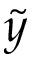
\widetilde { y }